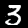
Label: 3